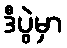
ဒီပွဲမှာ